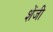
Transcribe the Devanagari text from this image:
शेंजी